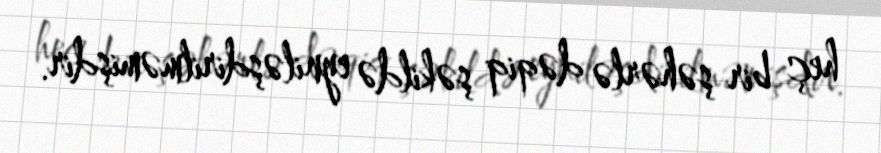
heç bir şəhərlə dəqiq şəkildə eyniləşdirilməmişdir.